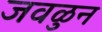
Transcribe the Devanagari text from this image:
जवळुन